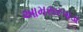
આમસરપાડા